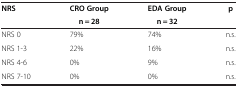
<table><thead><tr><td><b>NRS</b></td><td><b>CRO Group</b></td><td><b>EDA Group</b></td><td><b>p</b></td></tr><tr><td><b> </b></td><td><b> n = 28</b></td><td><b> n = 32</b></td><td><b> </b></td></tr></thead><tbody><tr><td>NRS 0</td><td>79%</td><td>74%</td><td>n.s.</td></tr><tr><td>NRS 1-3</td><td>22%</td><td>16%</td><td>n.s.</td></tr><tr><td>NRS 4-6</td><td>0%</td><td>9%</td><td>n.s.</td></tr><tr><td>NRS 7-10</td><td>0%</td><td>0%</td><td>n.s.</td></tr></tbody></table>